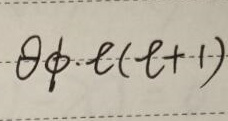
$\theta\phi\cdot \ell(\ell + 1)$